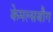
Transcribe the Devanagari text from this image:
केमल्सबौग